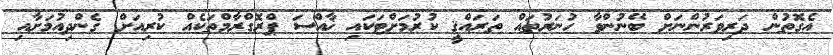
އެގޮތުން ދަރިވަރުންނަށް ބޭނުންވާ ހުނަރުތައް ތަރައްޤީ ކުރުމަށްޓަކައި ޚާއްސަ ޕްރޮގްރާމްތަކެއް ކުރިއަށް ގެންދިއުމަށާއި